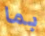
بما